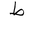
Letter: _da